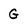
Character: G